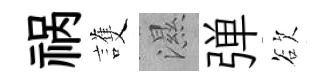
祸護濕弹欲